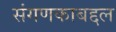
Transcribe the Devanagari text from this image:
संगणकाबद्दल